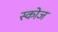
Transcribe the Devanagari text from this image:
स्कोज